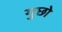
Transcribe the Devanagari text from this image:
गुछो